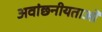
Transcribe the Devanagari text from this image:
अवांछनीयताओं